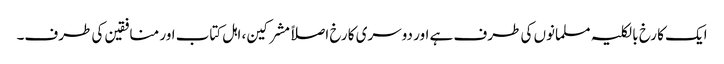
ایک کا رخ بالکلیہ مسلمانوں کی طرف ہے اور دوسری کا رخ اصلاً مشرکین، اہل کتاب اور منافقین کی طرف۔